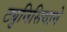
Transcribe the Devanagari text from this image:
ट्युनिसियाने